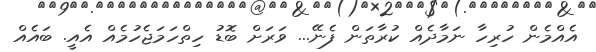
އެއްމެން ހުރިހާ ނަމާދެއް ކުރާތަން ފެނޭ... ވަރަށް ބޮޑު ހިތްހަމަޖެހުމެއް އެއީ. ބައެއް